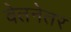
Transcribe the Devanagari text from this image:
वेतनेतर